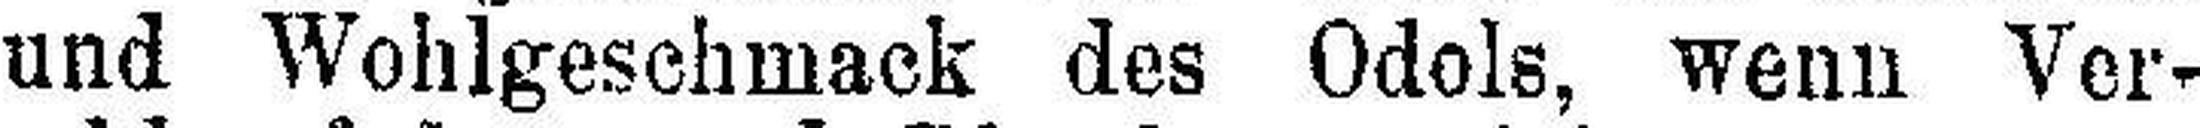
und Wohlgeschmack des Odols, wenn Vor¬